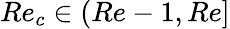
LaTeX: Re_{c}\in(Re-1,Re]